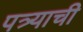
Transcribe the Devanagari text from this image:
पत्र्याची